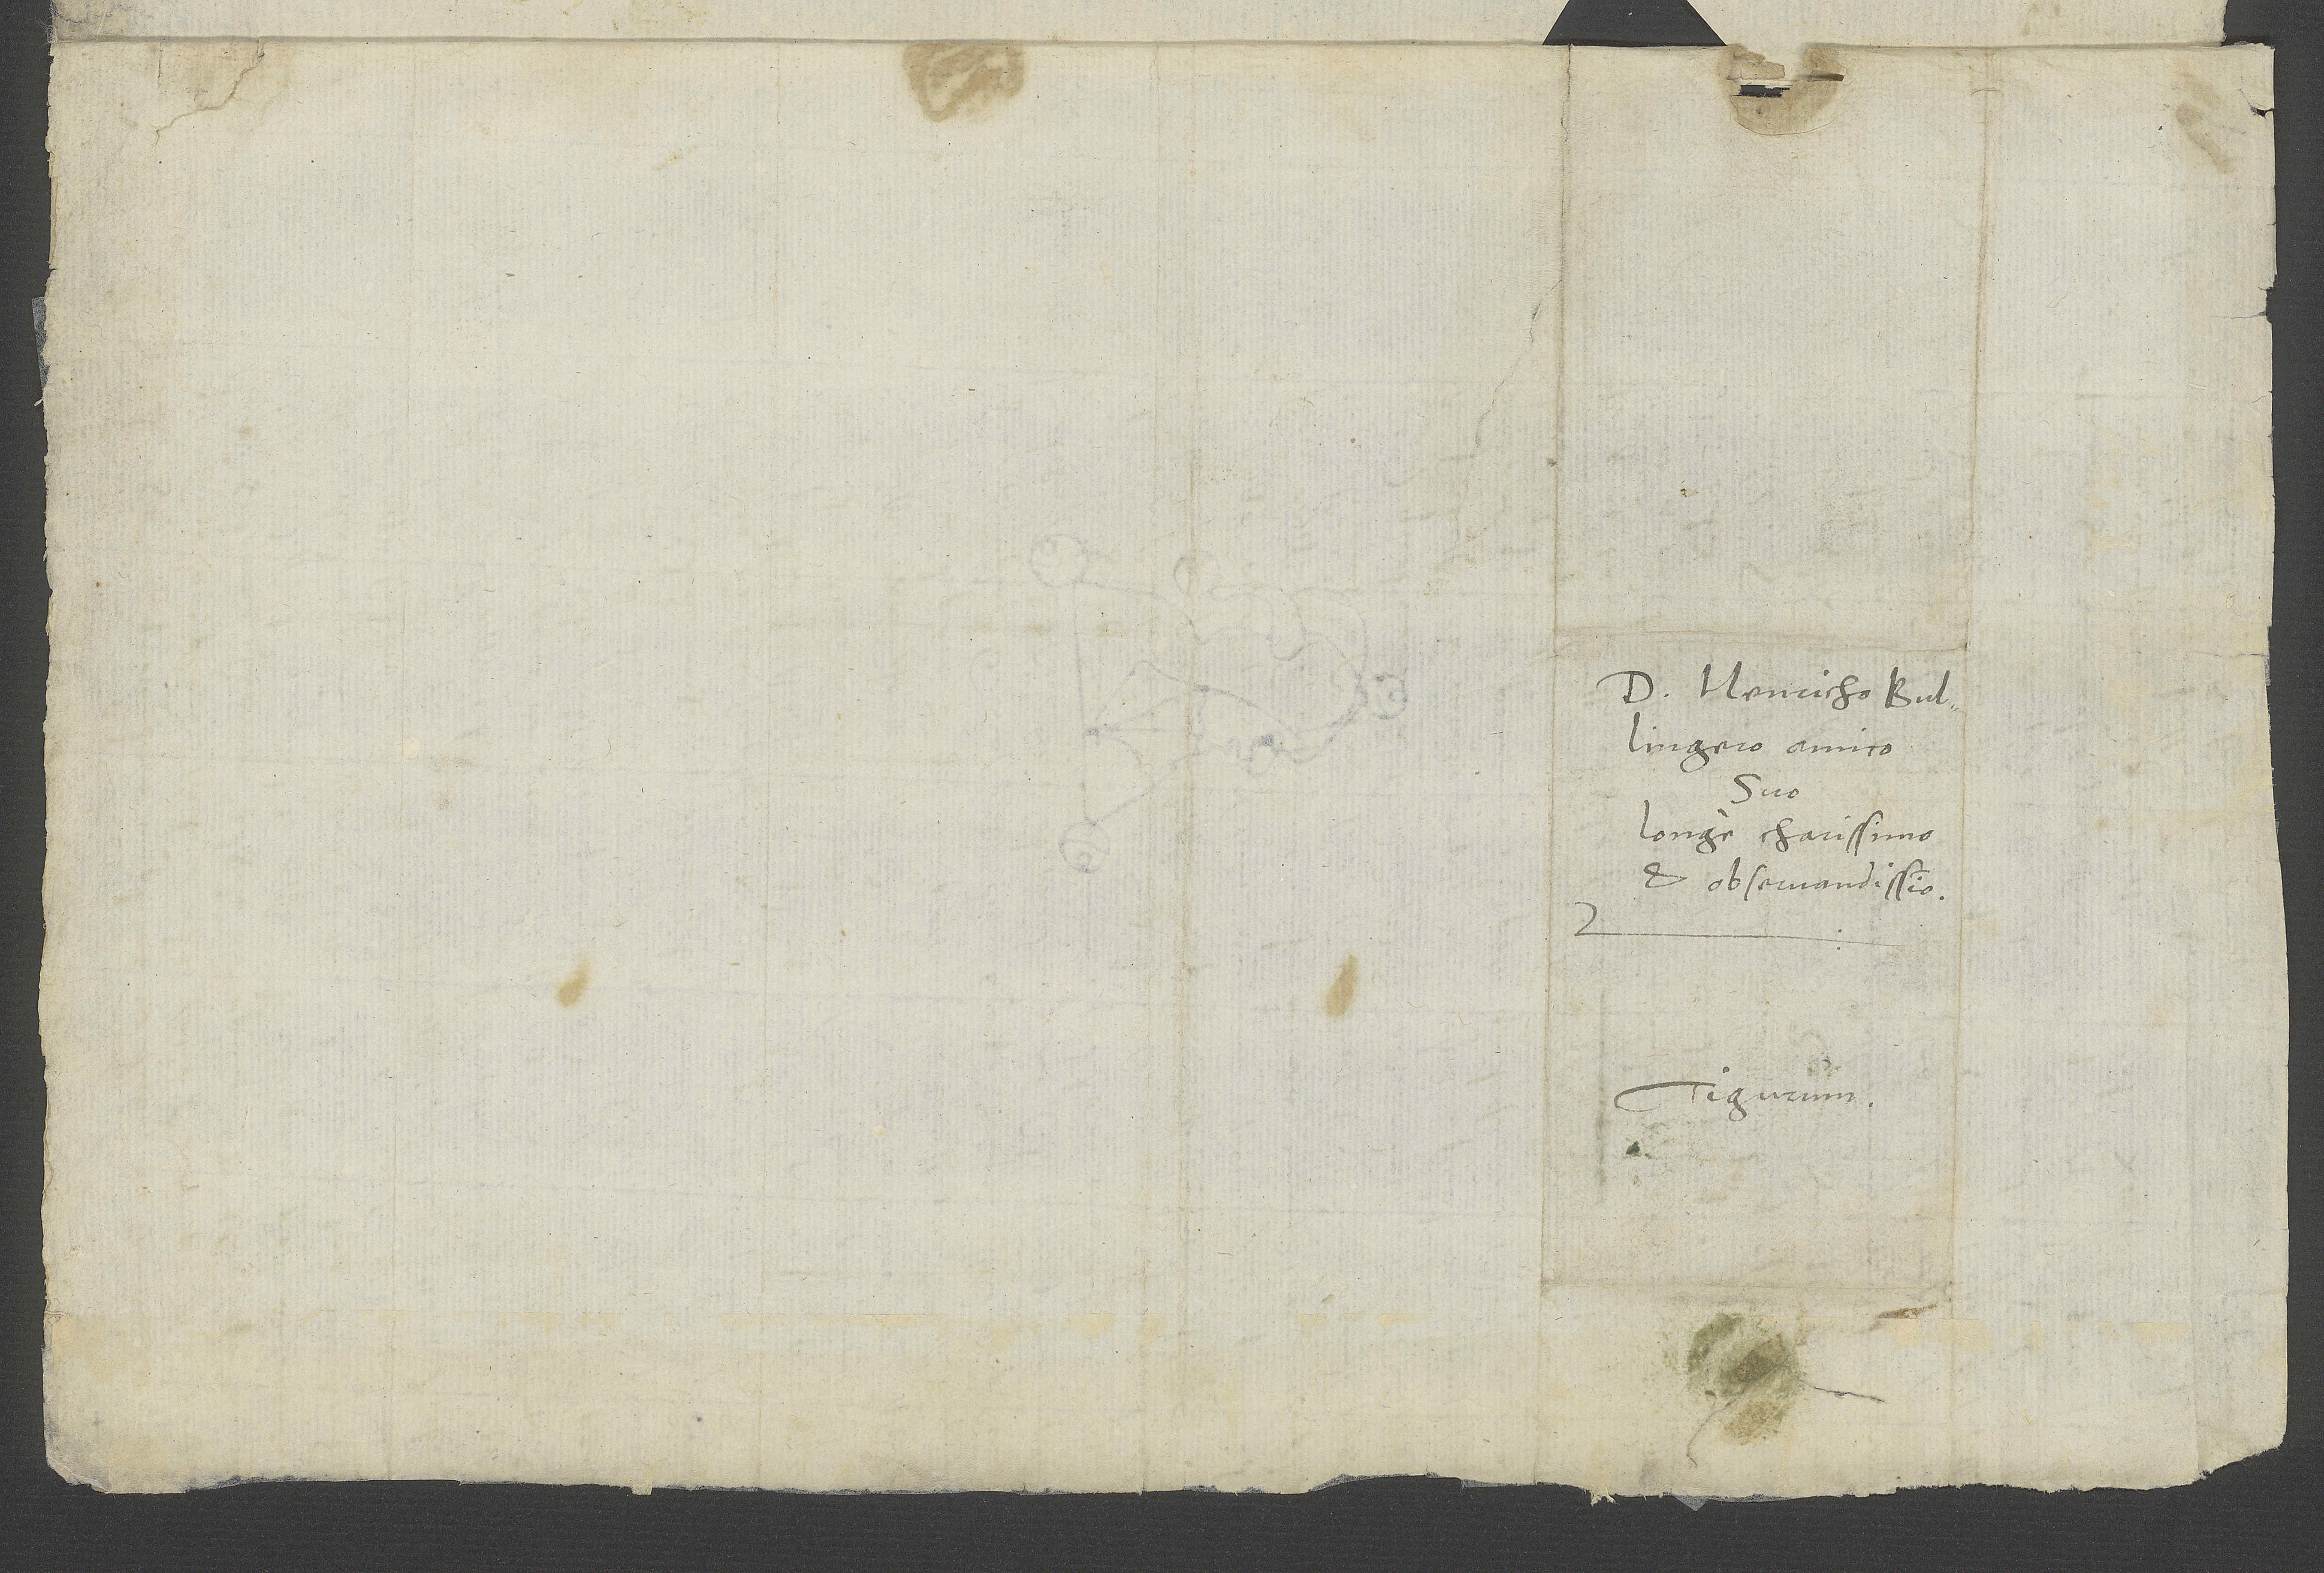
longe charissimo
et observandissimo.
Tigurum.